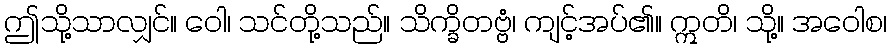
ဤသို့သာလျှင်။ ဝေါ၊ သင်တို့သည်။ သိက္ခိတဗ္ဗံ၊ ကျင့်အပ်၏။ ဣတိ၊ သို့။ အဝေါစ၊